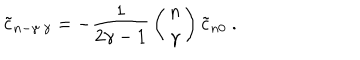
{ \tilde { c } } _ { n - \gamma \ \gamma } = - { \frac { 1 } { 2 \gamma - 1 } } \left( \begin{matrix} { { n } } \\ { { \gamma } } \\ \end{matrix} \right) { \tilde { c } } _ { n 0 } \ .